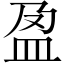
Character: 盈